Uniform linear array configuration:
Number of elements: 12
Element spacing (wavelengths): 1
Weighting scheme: kaiser
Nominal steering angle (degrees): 45
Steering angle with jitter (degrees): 44.799
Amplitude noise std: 0.05
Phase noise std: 0.05

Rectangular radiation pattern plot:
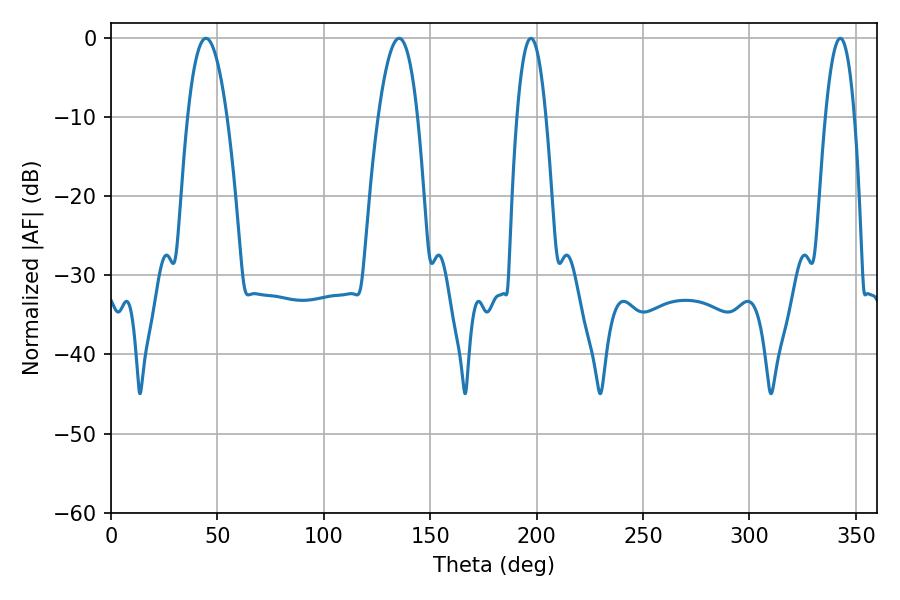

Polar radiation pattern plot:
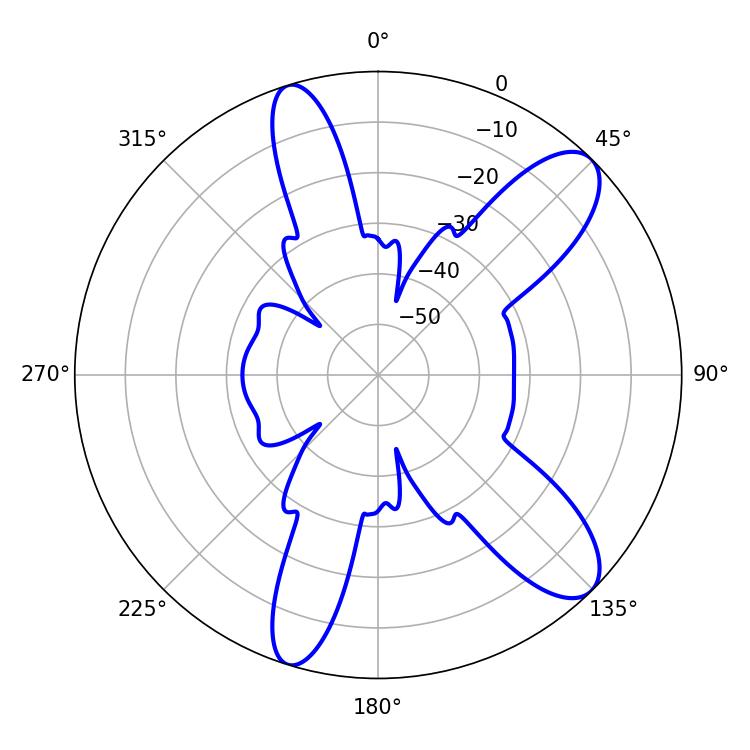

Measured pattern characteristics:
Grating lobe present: TRUE
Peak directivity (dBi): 10.353
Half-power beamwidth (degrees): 10.08
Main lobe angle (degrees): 44.64